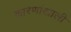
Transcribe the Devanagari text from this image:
कारणांखाली